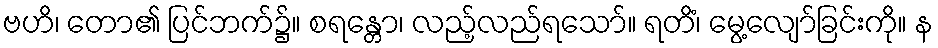
ဗဟိ၊ တော၏ ပြင်ဘက်၌။ စရန္တော၊ လည့်လည်ရသော်။ ရတိံ၊ မွေ့လျော်ခြင်းကို။ န